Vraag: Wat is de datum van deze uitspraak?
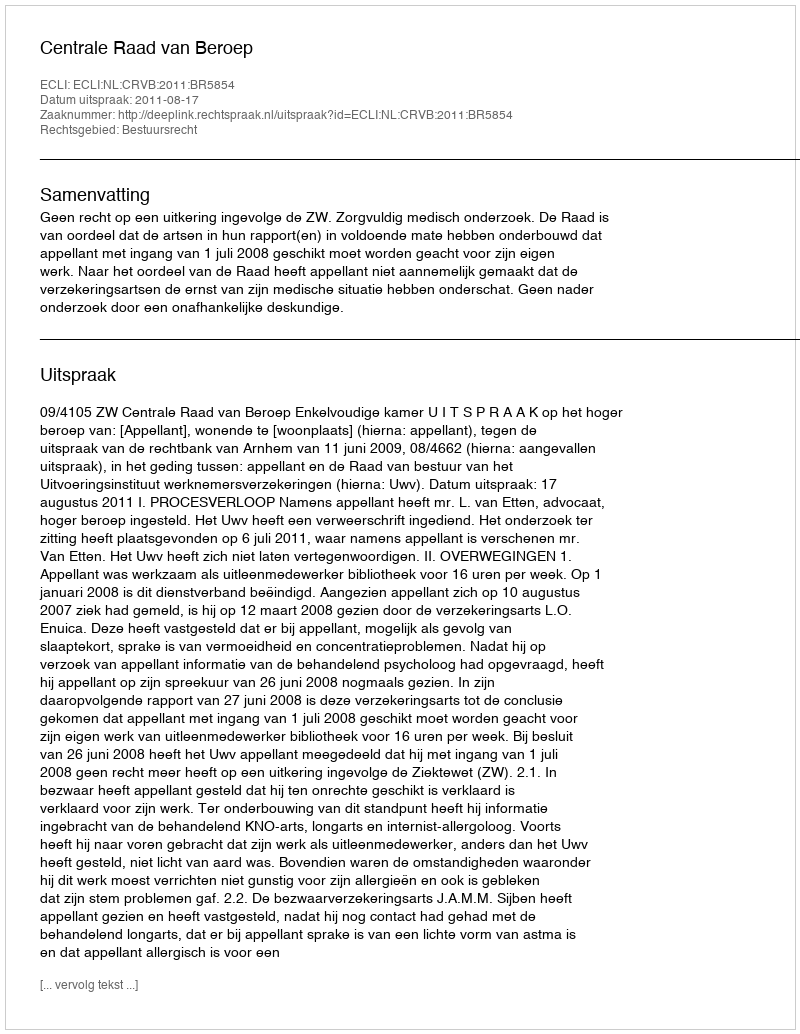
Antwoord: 2011-08-17